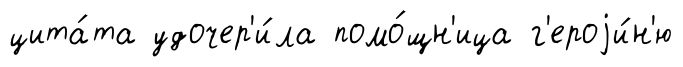
цита́та удочер'и́ла помо́щн'ица г'ероjи́н'ю